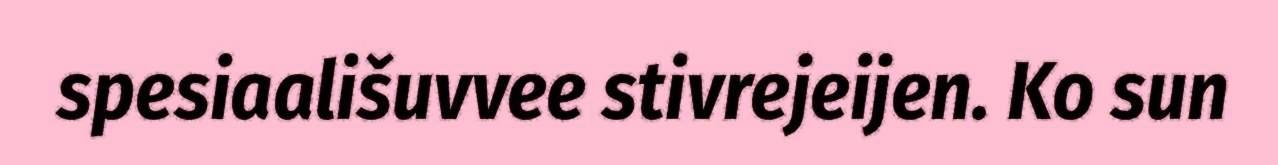
spesiaališuvvee stivrejeijen. Ko sun